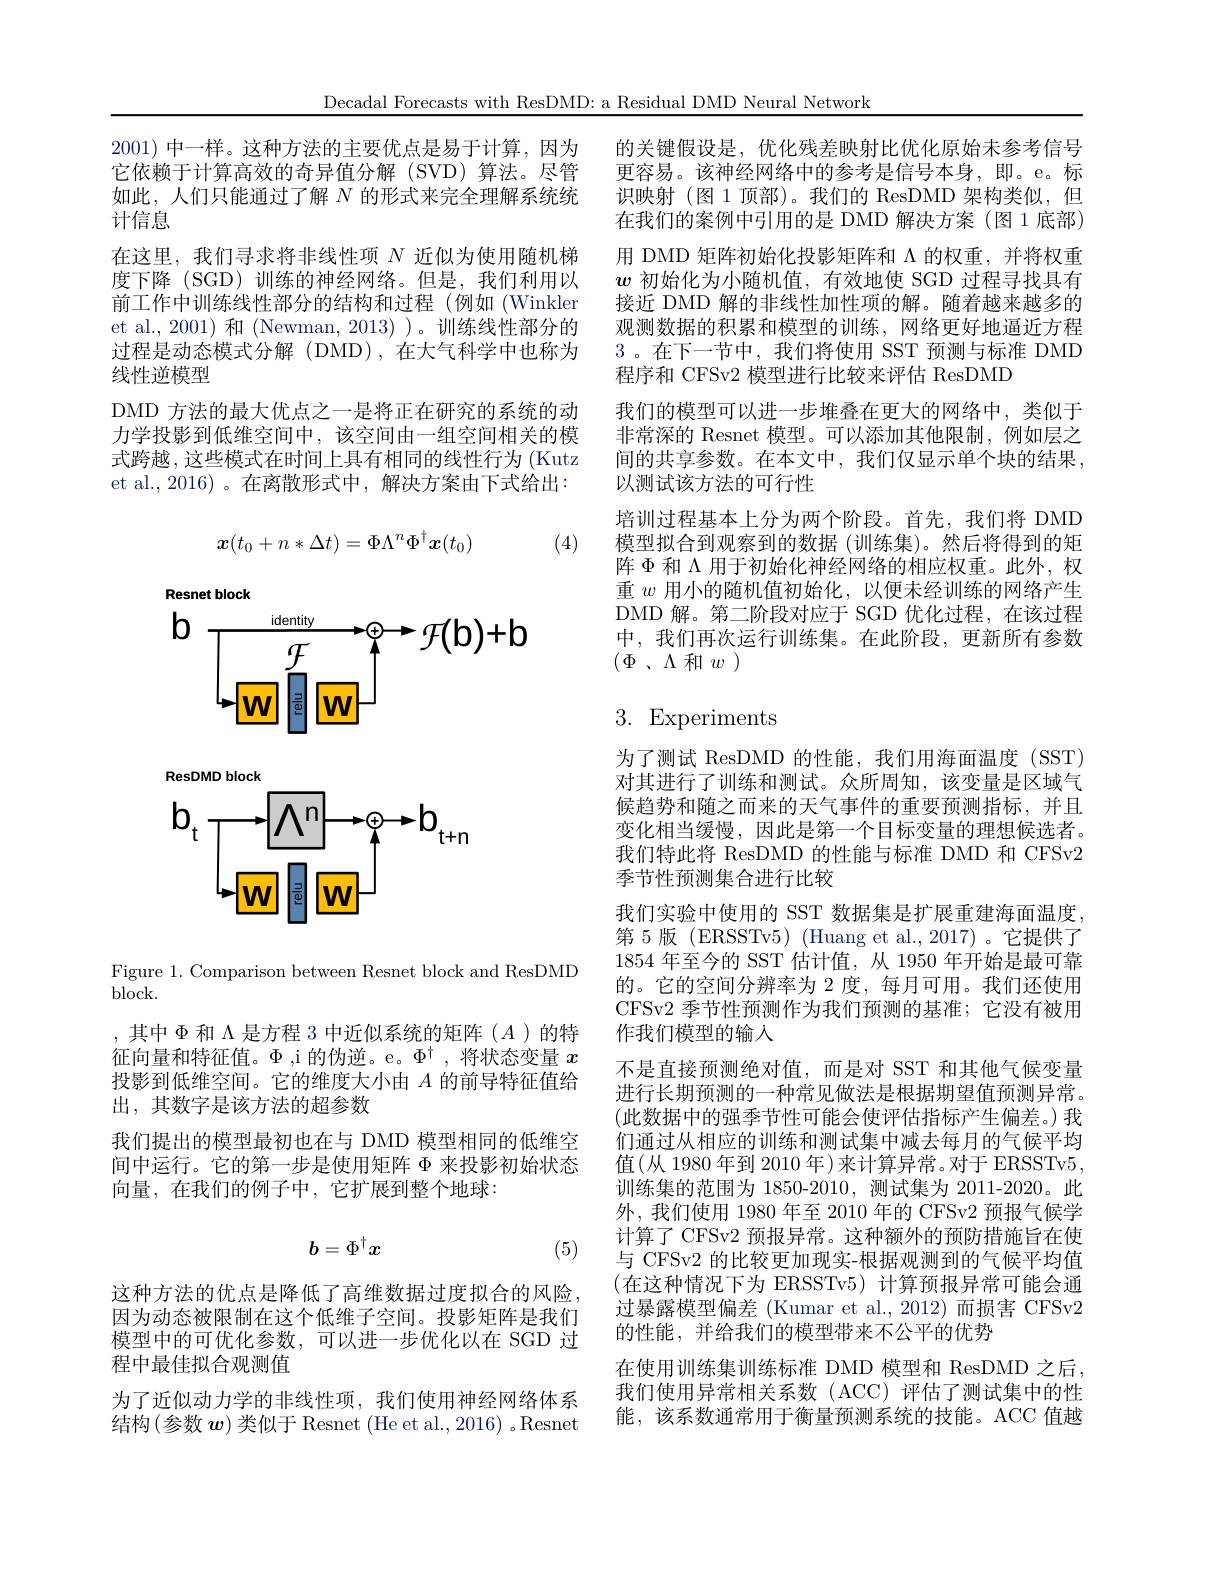
Decadal Forecasts with ResDMD: a Residual DMD Neural Network

2001) 中一样。这种方法的主要优点是易于计算，因为它依赖于计算高效的奇异值分解(SVD)算法。尽管如此，人们只能通过了解 N 的形式来完全理解系统统计信息
在这里，我们寻求将非线性项$N$近似为使用随机梯度下降 (SGD)训练的神经网络。但是，我们利用以前工作中训练线性部分的结构和过程(例如(Winkler et al., 2001) 和 (Newman, 2013) )。训练线性部分的过程是动态模式分解(DMD),在大气科学中也称为线性逆模型
DMD 方法的最大优点之一是将正在研究的系统的动力学投影到低维空间中，该空间由一组空间相关的模式跨越，这些模式在时间上具有相同的线性行为 (Kutz) et al.,2016)。在离散形式中，解决方案由下式给出：

(4)
$$\boldsymbol{x}(t_0+n*\Delta t)=\Phi\Lambda^n\Phi^\dagger\boldsymbol{x}(t_0)$$
Resnet block
$\mathbf{b}$
$\xrightarrow{\mathrm{identity}}$ $\xrightarrow{\mathrm{e} }\oplus \to \mathcal{F} ( \mathbf{b} ) + \mathbf{b}$
WIwiw

ResDMD block
$h$
$\mathbf{b}$
$t+n$
$WV$
$WV$

Figure 1. Comparison between Resnet block and ResDMD

block.
,其中$\Phi$和$\Lambda$ 是方程 3 中近似系统的矩阵($A)$的特征向量和特征值。$\Phi$ ,i 的伪逆。e。$\Phi^\dagger$,将状态变量$x$ 投影到低维空间。它的维度大小由$A$的前导特征值给出，其数字是该方法的超参数
我们提出的模型最初也在与 DMD 模型相同的低维空间中运行。它的第一步是使用矩阵$\Phi$来投影初始状态向量，在我们的例子中，它扩展到整个地球：
$$b=\Phi^\dagger x$$
(5)

这种方法的优点是降低了高维数据过度拟合的风险。因为动态被限制在这个低维子空间。投影矩阵是我们模型中的可优化参数，可以进一步优化以在 SGD 过程中最佳拟合观测值
为了近似动力学的非线性项，我们使用神经网络体系结构(参数$\boldsymbol w)$类似于 Resnet (He et al., 2016) 。Resnet

的关键假设是，优化残差映射比优化原始未参考信号更容易。该神经网络中的参考是信号本身，即。e。标识映射 (图 1 顶部)。我们的 ResDMD 架构类似，但在我们的案例中引用的是 DMD 解决方案 (图 1 底部) 用 DMD 矩阵初始化投影矩阵和$\Lambda$的权重，并将权重$w$初始化为小随机值，有效地使 SGD 过程寻找具有接近 DMD 解的非线性加性项的解。随着越来越多的观测数据的积累和模型的训练，网络更好地逼近方程3。在下一节中，我们将使用 SST 预测与标准 DMD 程序和 CFSv2 模型进行比较来评估 ResDMD
我们的模型可以进一步堆叠在更大的网络中，类似于非常深的 Resnet 模型。可以添加其他限制，例如层之间的共享参数。在本文中，我们仅显示单个块的结果， 以测试该方法的可行性
培训过程基本上分为两个阶段。首先，我们将 DMD 模型拟合到观察到的数据(训练集)。然后将得到的矩阵$\Phi$和$\Lambda$用于初始化神经网络的相应权重。此外，权重$w$用小的随机值初始化，以便未经训练的网络产生DMD 解。第二阶段对应于 SGD 优化过程，在该过程中，我们再次运行训练集。在此阶段，更新所有参数$( \Phi$ $、 \Lambda$ 和$w$ )

# 3. Experiments

为了测试 ResDMD 的性能，我们用海面温度(SST) 对其进行了训练和测试。众所周知，该变量是区域气候趋势和随之而来的天气事件的重要预测指标，并且变化相当缓慢，因此是第一个目标变量的理想候选者。我们特此将 ResDMD 的性能与标准 DMD 和 CFSv2季节性预测集合进行比较
我们实验中使用的 SST 数据集是扩展重建海面温度， 第 5 版(ERSSTv5) (Huang et al.,2017)。它提供了1854 年至今的 SST 估计值，从 1950 年开始是最可靠的。它的空间分辨率为 2 度，每月可用。我们还使用CFSv2 季节性预测作为我们预测的基准；它没有被用作我们模型的输入
不是直接预测绝对值，而是对 SST 和其他气候变量进行长期预测的一种常见做法是根据期望值预测异常。(此数据中的强季节性可能会使评估指标产生偏差。)我们通过从相应的训练和测试集中减去每月的气候平均值(从 1980 年到 2010 年)来计算异常。对于 ERSSTv5, 训练集的范围为 1850-2010, 测试集为 2011-2020。此外，我们使用 1980 年至 2010 年的 CFSv2 预报气候学计算了 CFSv2 预报异常。这种额外的预防措施旨在使与 CFSv2 的比较更加现实-根据观测到的气候平均值(在这种情况下为 ERSSTv5)计算预报异常可能会通过暴露模型偏差 (Kumar et al.,2012)而损害 CFSv2的性能，并给我们的模型带来不公平的优势
在使用训练集训练标准 DMD 模型和 ResDMD 之后， 我们使用异常相关系数(ACC)评估了测试集中的性能，该系数通常用于衡量预测系统的技能。ACC 值越